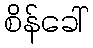
စိန်ခေါ်